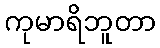
ကုမာရိဘူတာ